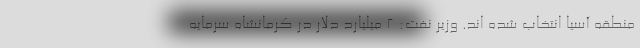
منطقه آسیا انتخاب شده اند. وزیر نفت: 2 میلیارد دلار در کرمانشاه سرمایه